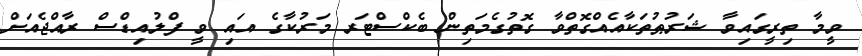
ވީމާ ތިރީގައިވާ ޝަރުޠުތަކާއެއްގޮތްވާ ގޮތުގެމަތިން ބެކްސްޓަރ މަރުކާގެ އައި ވީ ފްލުއިޑްސް ރާއްޖެއަށް